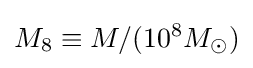
M_{8}\equiv M/(10^{8}M_{\odot })